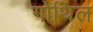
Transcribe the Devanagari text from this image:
गोथिल